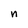
Character: n